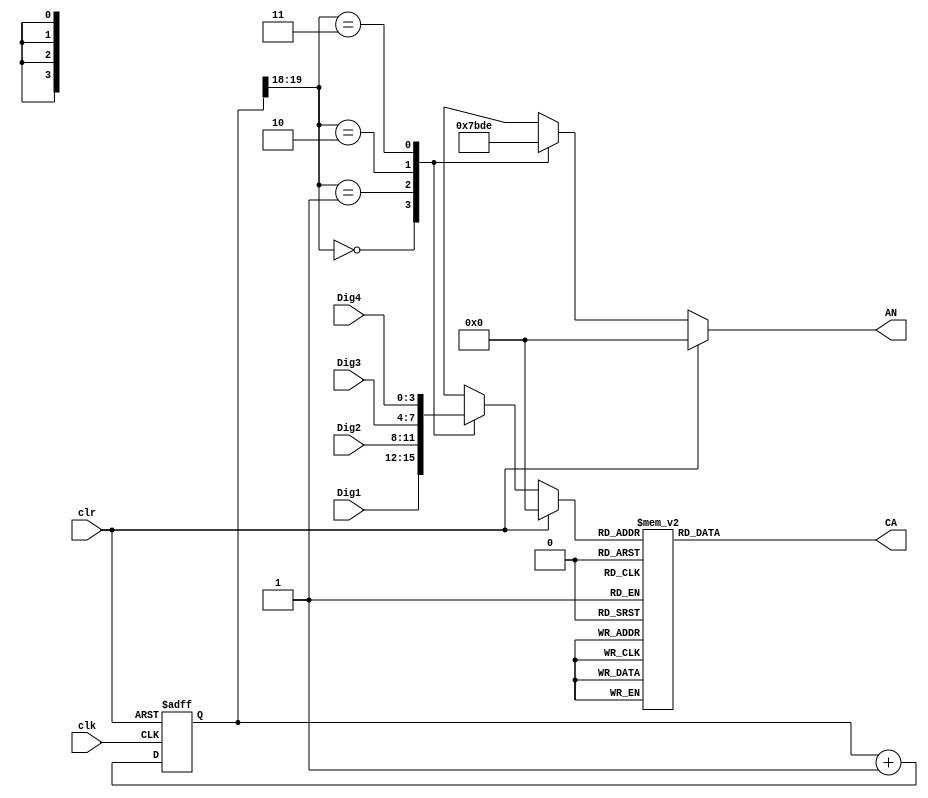
`timescale 1ns / 1ps
//////////////////////////////////////////////////////////////////////////////////
// Company: 
// Engineer: 
// 
// Design Name: 
// Module Name: Display
// Project Name: 
// Target Devices: 
// Tool Versions: 
// Description: 
// 
// Dependencies: 
// 
// Revision:
// Revision 0.01 - File Created
// Additional Comments:
// 
//////////////////////////////////////////////////////////////////////////////////


module Display(
    input clk,
    input clr,
    input [3:0] Dig1,
    input [3:0] Dig2,
    input [3:0] Dig3,
    input [3:0] Dig4,
    output reg [3:0] AN,
    output reg [6:0] CA
    );
    
    reg [3:0] LED_BCD;
    reg [19:0] refresh_counter; 
    wire [1:0] LED_activating_counter;     
    always @(posedge clk or posedge clr)
    begin 
        if(clr==1)
            refresh_counter <= 0;
        else
            refresh_counter <= refresh_counter + 1;
    end 
    assign LED_activating_counter = refresh_counter[19:18];
    always @(*)
    begin
        case(LED_activating_counter)
        2'b00: begin
            AN = 4'b0111; 
            LED_BCD = Dig1;
            end
        2'b01: begin
            AN = 4'b1011; 
            LED_BCD = Dig2;
            end
        2'b10: begin
            AN = 4'b1101; 
            LED_BCD = Dig3;
            end
        2'b11: begin
            AN = 4'b1110; 
            LED_BCD = Dig4;   
            end
        endcase
        if (clr == 1) begin
            LED_BCD = 0;
            AN = 4'b0000;
        end
    end 
    always @(*)
    begin
        case(LED_BCD)
        4'b0000: CA = 7'b0000001; // "0"     
        4'b0001: CA = 7'b1001111; // "1" 
        4'b0010: CA = 7'b0010010; // "2" 
        4'b0011: CA = 7'b0000110; // "3" 
        4'b0100: CA = 7'b1001100; // "4" 
        4'b0101: CA = 7'b0100100; // "5" 
        4'b0110: CA = 7'b0100000; // "6" 
        4'b0111: CA = 7'b0001111; // "7" 
        4'b1000: CA = 7'b0000000; // "8"     
        4'b1001: CA = 7'b0000100; // "9" 
        4'b1010: CA = 7'b0001000; // "A" 
        4'b1011: CA = 7'b1100000; // "b" 
        4'b1100: CA = 7'b0110001; // "C" 
        4'b1101: CA = 7'b1000010; // "d" 
        4'b1110: CA = 7'b0110000; // "E"     
        4'b1111: CA = 7'b0111000; // "F"
        default: CA = 7'b0000001; // "0"
        endcase
    end
 endmodule